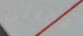
لقائي